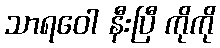
သာရဝေါ နီးပြီ ကိုကို